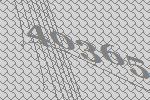
40365